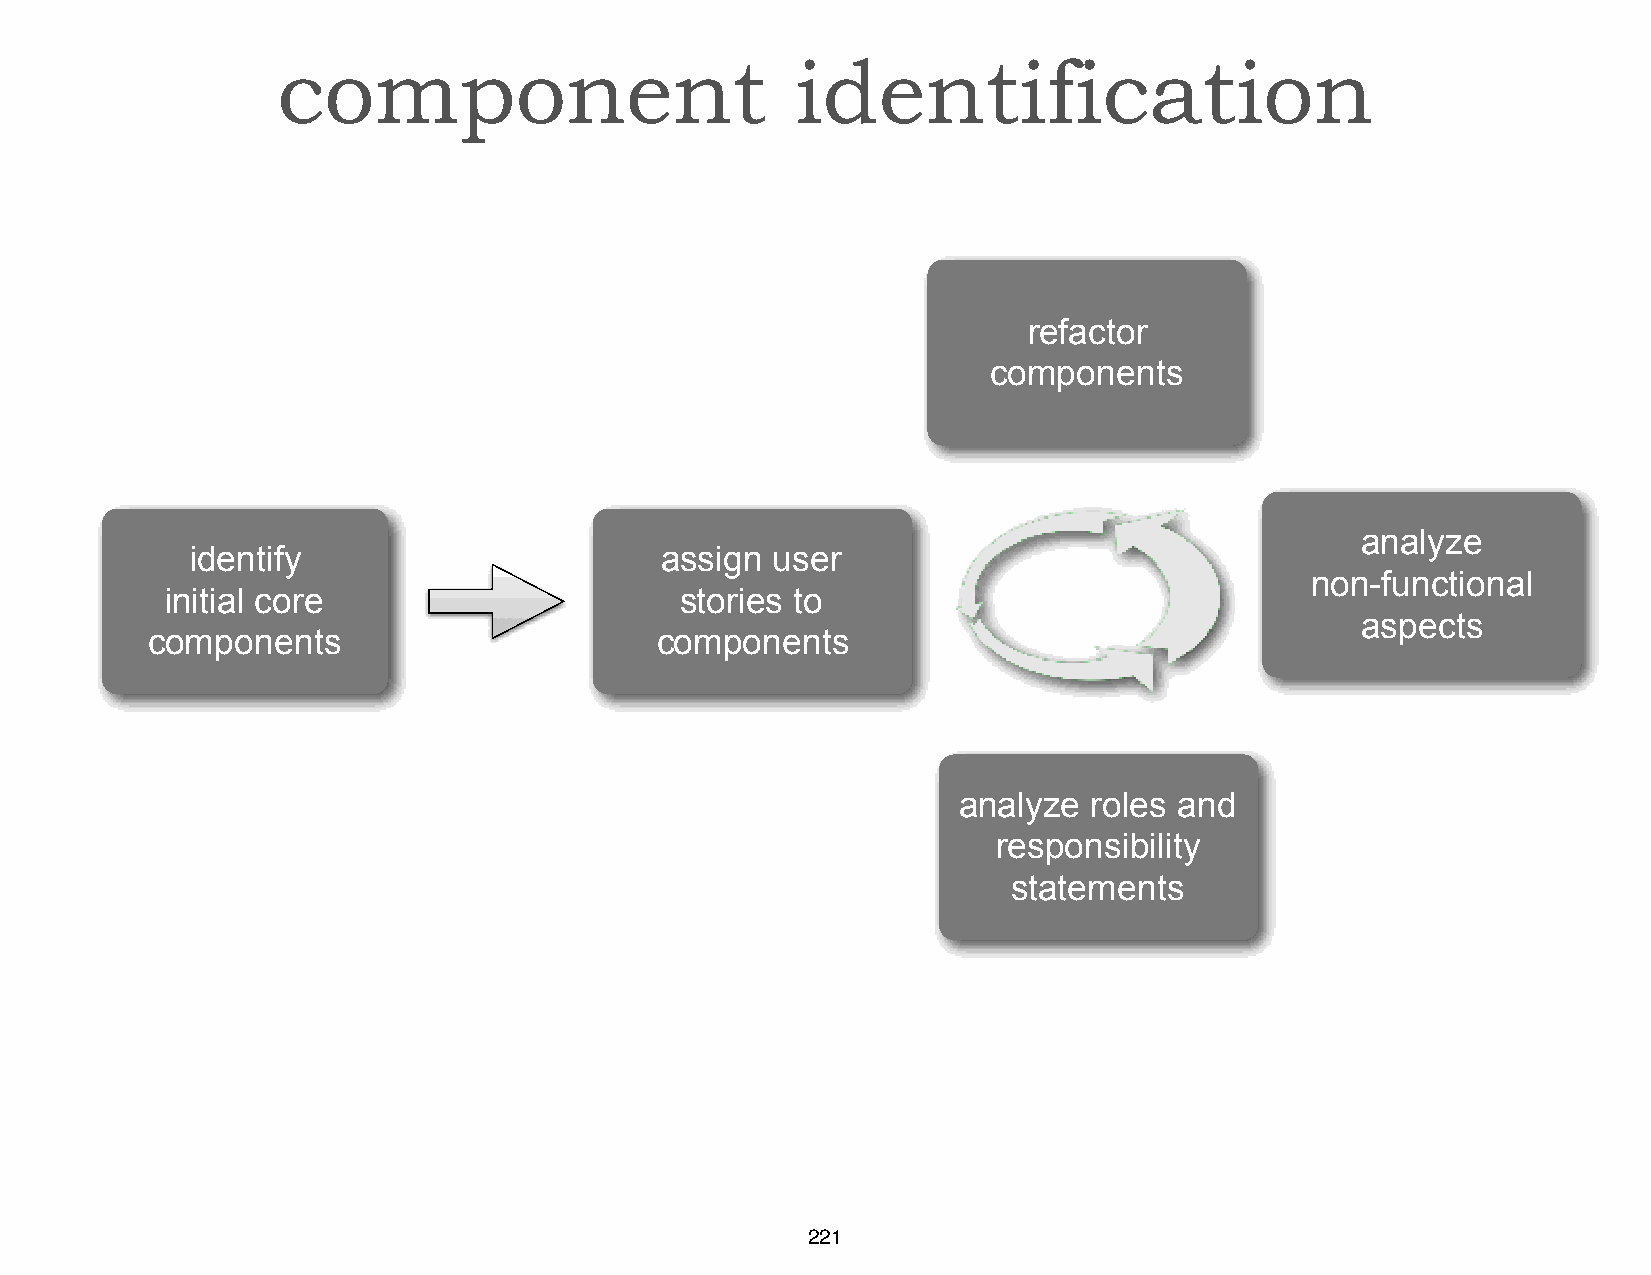
component                          identification
 refactor
 components
 analyze
 identify                       assign user
 non-functional
 initial core                      stories to
 aspects
 components                       components
 analyze  roles and
 responsibility
 statements
 221